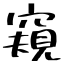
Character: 窺